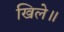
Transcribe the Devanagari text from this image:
खिले॥